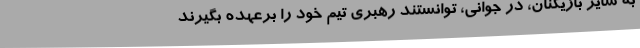
به سایر بازیکنان، در جوانی، توانستند رهبری تیم خود را برعهده بگیرند